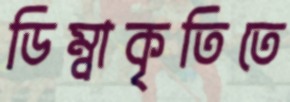
ডিম্বাকৃতিতে